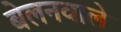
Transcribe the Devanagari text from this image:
बेलनवाले